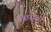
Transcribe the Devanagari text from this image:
उतरोली